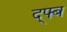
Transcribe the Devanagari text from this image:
द्फ्ब